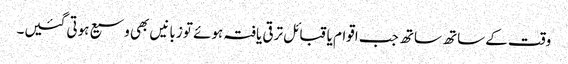
وقت کے ساتھ ساتھ جب اقوام یا قبائل ترقی یافتہ ہوئے تو زبانیں بھی وسیع ہوتی گئیں۔